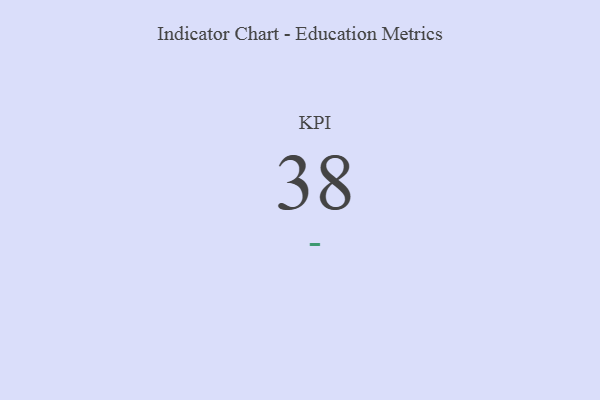
{"axis": {"x": "KPI", "y": "Value"}, "legend": [""], "data": [{"x": "KPI", "y": 38, "type": ""}]}